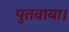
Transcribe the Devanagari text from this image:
पुतवाया।